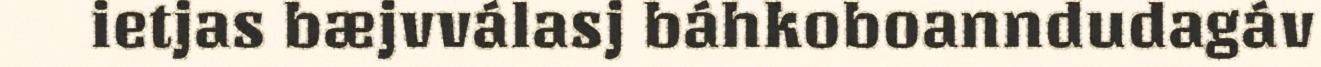
ietjas bæjvválasj báhkoboanndudagáv